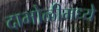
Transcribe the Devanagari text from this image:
दाभोळीमध्ये